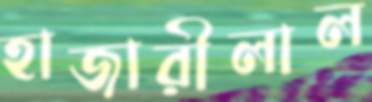
হাজারীলাল